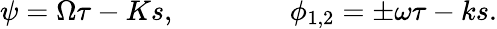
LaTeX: \psi=\Omega\tau-Ks,\qquad\qquad\phi_{1,2}=\pm\omega\tau-ks.